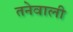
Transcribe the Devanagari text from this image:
तनेवाली